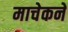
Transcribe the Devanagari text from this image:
माचेकने